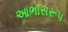
આભાસરૂપ